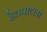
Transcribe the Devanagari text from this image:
हेलपाटला